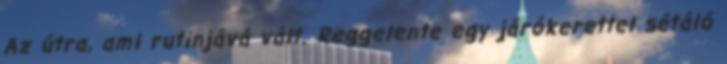
Az útra, ami rutinjává vált. Reggelente egy járókerettel sétáló